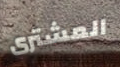
المشترى